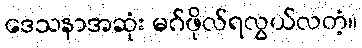
ဒေသနာအဆုံး မဂ်ဖိုလ်ရလွယ်လတံ့။